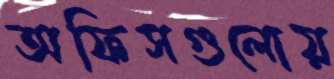
অফিসগুলোয়